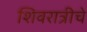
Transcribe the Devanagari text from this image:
शिवरात्रीचे